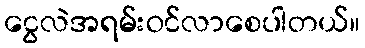
ငွေလဲအရမ်းဝင်လာစေပါတယ်။